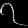
Digit: ၇